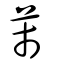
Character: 芾